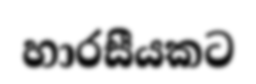
හාරසීයකට